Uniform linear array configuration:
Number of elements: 48
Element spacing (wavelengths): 1
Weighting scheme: kaiser
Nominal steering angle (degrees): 45
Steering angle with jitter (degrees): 44.055
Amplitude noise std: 0.05
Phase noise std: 0.05

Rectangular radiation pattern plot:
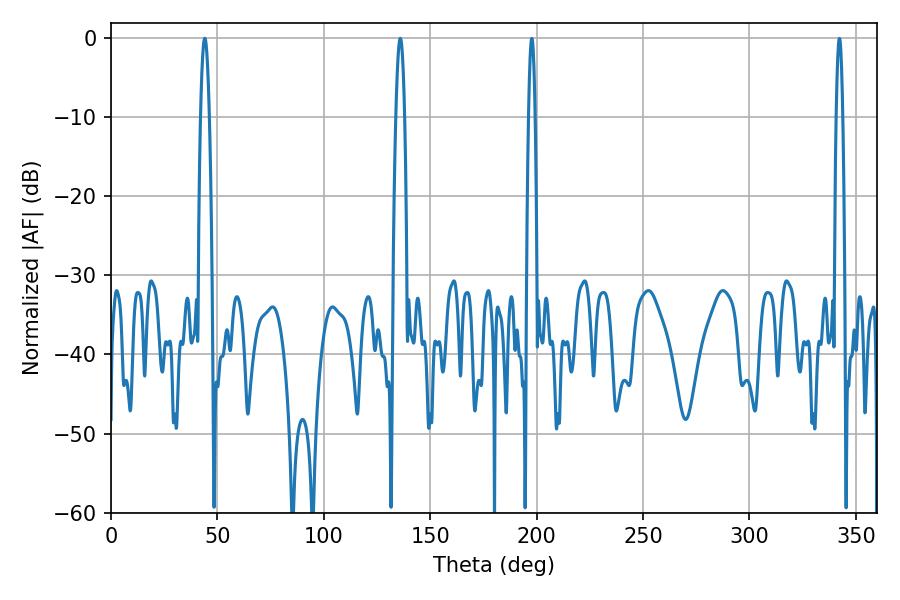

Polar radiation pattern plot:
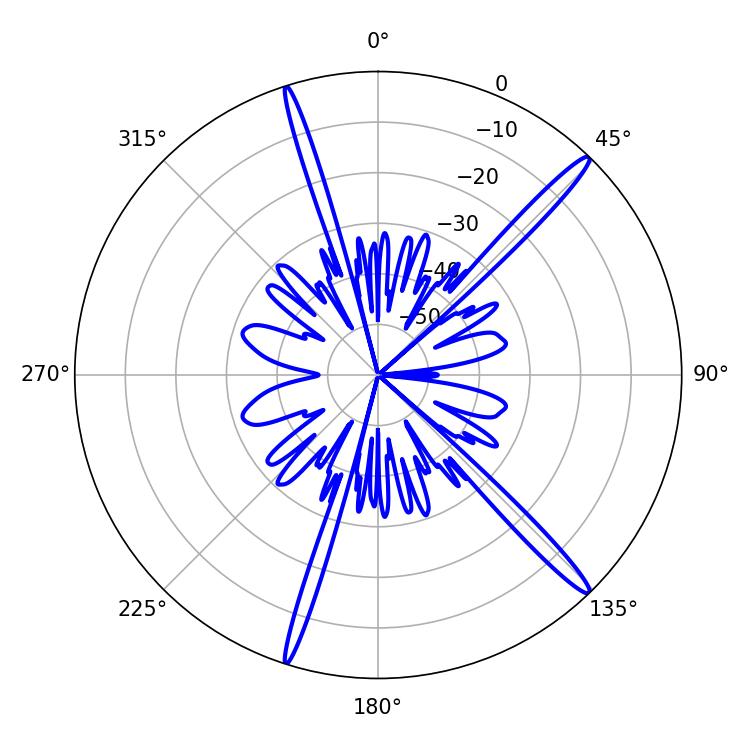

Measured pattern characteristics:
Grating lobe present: TRUE
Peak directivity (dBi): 16.963
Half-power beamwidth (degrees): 2.16
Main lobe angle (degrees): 135.9